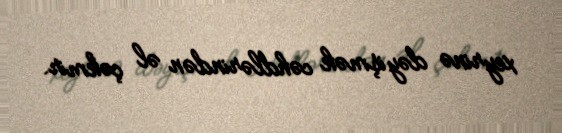
xeyrinə dəyişmək cəhdlərindən əl çəkmir.